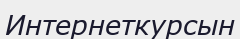
Интернеткурсын